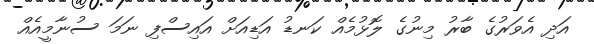
އަދި އެވަރުގެ ބާރު މިނުގެ ލޮޅުމެއް ކަނޑު އަޑިއަށް އައިސްފި ނަމަ ސުނާމީއެއް